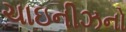
ચાઇનીઝનો